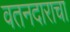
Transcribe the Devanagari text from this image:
वतनदाराचा